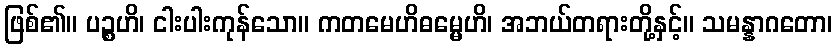
ဖြစ်၏။ ပဉ္စဟိ၊ ငါးပါးကုန်သော။ ကတမေဟိဓမ္မေဟိ၊ အဘယ်တရားတို့နှင့်။ သမန္နာဂတော၊